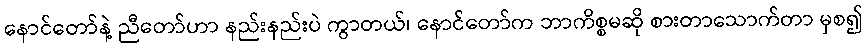
နောင်တော်နဲ့ ညီတော်ဟာ နည်းနည်းပဲ ကွာတယ်၊ နောင်တော်က ဘာကိစ္စမဆို စားတာသောက်တာ မှစ၍